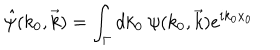
LaTeX: \hat { \psi } ( k _ { 0 } , \vec { k } ) = \int _ { \Gamma } d k _ { 0 } ~ \psi ( k _ { 0 } , \vec { k } ) e ^ { i k _ { 0 } x _ { 0 } }